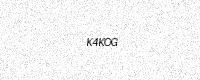
Text: K4KOG